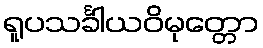
ရူပသင်္ခါယဝိမုတ္တော